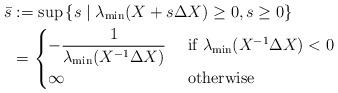
LaTeX: \begin{align*}\bar{s}&:={\sup\left\{s\mid \lambda_{\rm min}(X+s\Delta X)\ge 0,s\ge 0\right\}}\\&=\begin{cases}-\displaystyle{\frac{1}{\lambda_{\rm min}(X^{-1}\Delta X)}}\ &\mbox{if }\lambda_{\rm min}(X^{-1}\Delta X)<0\\{\infty}\ &\mbox{otherwise}\end{cases}\end{align*}